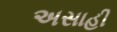
અસાહી